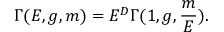
\Gamma ( E , g , m ) = E ^ { D } \Gamma ( 1 , g , \frac { m } { E } ) .